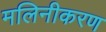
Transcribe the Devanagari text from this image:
मलिनीकरण